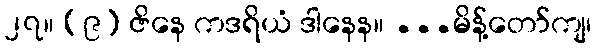
၂၇။ (၉) ဇိနေ ကဒရိယံ ဒါနေန။ ...မိန့်တော်ကျ၊